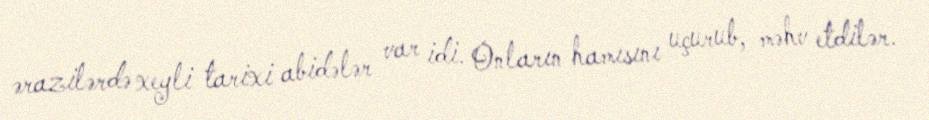
ərazilərdə xeyli tarixi abidələr var idi. Onların hamısını uçurub, məhv etdilər.